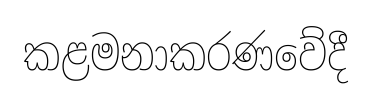
කළමනාකරණවේදී